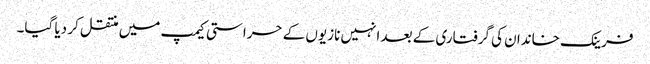
فرینک خاندان کی گرفتاری کے بعد انہیں نازیوں کے حراستی کیمپ میں منتقل کر دیا گیا۔